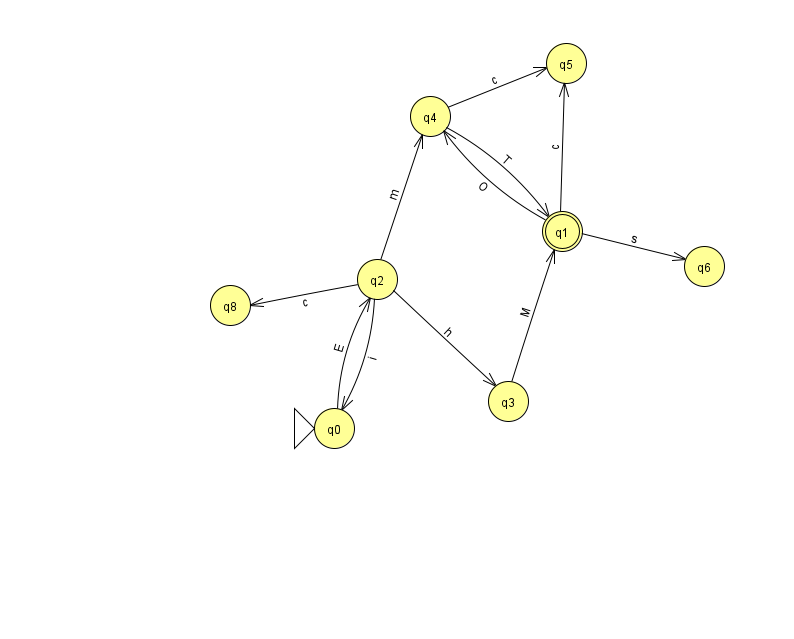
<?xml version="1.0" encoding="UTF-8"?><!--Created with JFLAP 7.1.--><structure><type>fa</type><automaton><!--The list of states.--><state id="0" name="q0"><x>334.0</x><y>415.0</y><initial/></state><state id="1" name="q1"><x>562.0</x><y>218.0</y><final/></state><state id="2" name="q2"><x>377.0</x><y>266.0</y></state><state id="3" name="q3"><x>508.0</x><y>388.0</y></state><state id="4" name="q4"><x>430.0</x><y>103.0</y></state><state id="5" name="q5"><x>566.0</x><y>50.0</y></state><state id="6" name="q6"><x>704.0</x><y>253.0</y></state><state id="8" name="q8"><x>230.0</x><y>292.0</y></state><!--The list of transitions.--><transition><from>2</from><to>4</to><read>m</read></transition><transition><from>2</from><to>3</to><read>h</read></transition><transition><from>2</from><to>0</to><read>i</read></transition><transition><from>4</from><to>1</to><read>T</read></transition><transition><from>1</from><to>6</to><read>s</read></transition><transition><from>2</from><to>8</to><read>c</read></transition><transition><from>3</from><to>1</to><read>M</read></transition><transition><from>0</from><to>2</to><read>E</read></transition><transition><from>1</from><to>4</to><read>O</read></transition><transition><from>4</from><to>5</to><read>c</read></transition><transition><from>1</from><to>5</to><read>c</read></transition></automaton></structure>